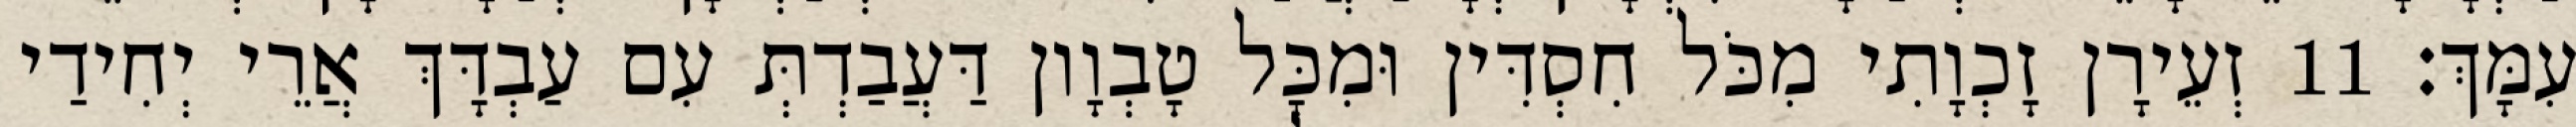
עִמָּךְ׃ 11 זְעֵירָן זָכְוָתִי מִכֹּל חִסְדִּין וּמִכָּל טָבְוָון דַּעֲבַדְתְּ עִם עַבְדָּךְ אֲרֵי יְחִידַי